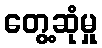
တွေ့ဆုံမှု